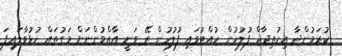
ކުރަމުންދާ އިހުތިޖާޖް ފުލުހުން ހުއްޓުވައި ފުލުހުން ރޭ ވަނީ އާއްމުންނަށް މަގުތައް ހުޅުވާލައިފަ